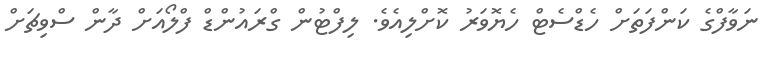
ނަވާފްގެ ކަންފަތަށް ހެޑްސެޓް ހެޔޮވަރު ކޮށްލިއެވެ. ލިފްޓުން ގްރައުންޑް ފްލޯއަށް ދާން ސްވިޗަށް